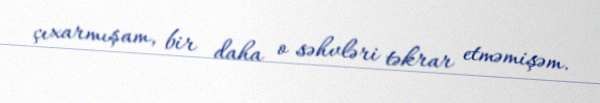
çıxarmışam, bir daha o səhvləri təkrar etməmişəm.